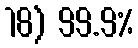
18) 99.9%